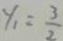
y _ { 1 } = \frac { 3 } { 2 }